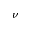
\nu